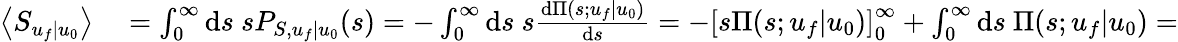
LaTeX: \begin{array}{rl}{\left\langle S_{u_{f}|u_{0}}\right\rangle}&{{}=\int_{0}^{\infty}\mathrm{d}s\ sP_{S,u_{f}|u_{0}}(s)=-\int_{0}^{\infty}\mathrm{d}s\ s\frac{\mathrm{d}\Pi(s;u_{f}|u_{0})}{\mathrm{d}s}=-\left[s\Pi(s;u_{f}|u_{0})\right]_{0}^{\infty}+\int_{0}^{\infty}\mathrm{d}s\ \Pi(s;u_{f}|u_{0})=}\end{array}